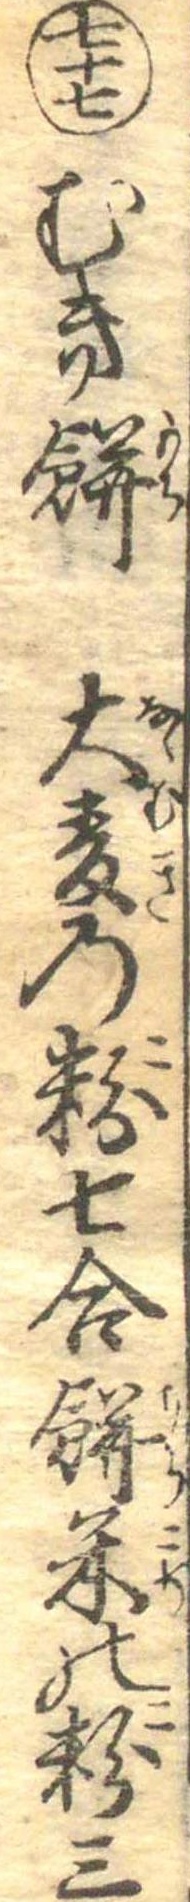
七十七むき餅大麦の粉七合餅米の粉三